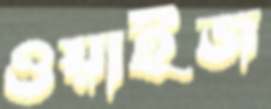
ওয়াইজ